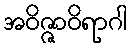
အဝိဇ္ဇာဝိရာဂါ